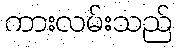
ကားလမ်းသည်